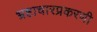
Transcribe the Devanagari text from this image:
भ्रष्टाचारप्रकरणी